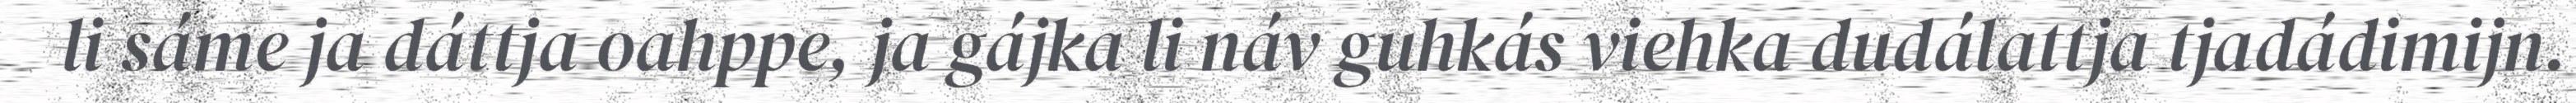
li sáme ja dáttja oahppe, ja gájka li náv guhkás viehka dudálattja tjadádimijn.